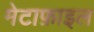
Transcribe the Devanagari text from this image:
मेटाफ़ाइल